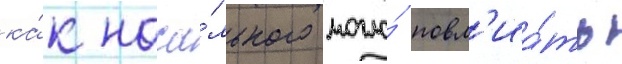
ка́к нача́льного могло́ повл'иа́ть